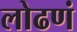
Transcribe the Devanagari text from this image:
लोढणं